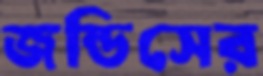
জন্ডিসের